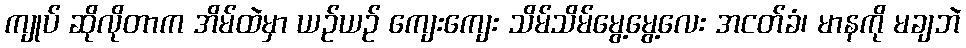
ကျုပ် ဆိုလိုတာက အိမ်ထဲမှာ ယဉ်ယဉ် ကျေးကျေး သိမ်သိမ်မွေ့မွေ့လေး အငတ်ခံ၊ မာနကို မချဘဲ